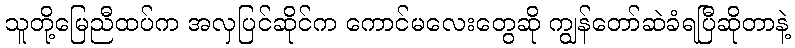
သူတို့မြေညီထပ်က အလှပြင်ဆိုင်က ကောင်မလေးတွေဆို ကျွန်တော်ဆဲခံရပြီဆိုတာနဲ့